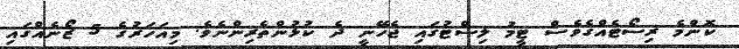
ކޮންމެ ރިސޯޓެއްގެވެސް ޓީމު ލިސްޓުގައި ޖެހޭނީ ދެ ކުޅުންތެރިންނެވެ. މިއަހަރުގެ 5 ޒޯނެއްގައި